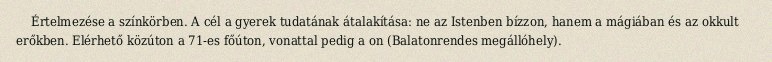
Értelmezése a színkörben. A cél a gyerek tudatának átalakítása: ne az Istenben bízzon, hanem a mágiában és az okkult erőkben. Elérhető közúton a 71-es főúton, vonattal pedig a on (Balatonrendes megállóhely).